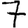
Digit: 7